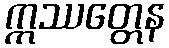
ဣဿတ္တေန